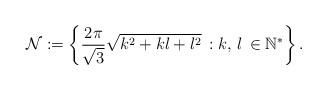
LaTeX: \begin{align*}\mathcal{N}:=\left\{ \frac{2\pi}{\sqrt{3}}\sqrt{k^{2}+kl+l^{2}}\,:k,\,l\,\in\mathbb{N}^{\ast}\right\}. \end{align*}